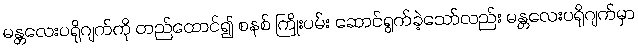
မန္တလေးပရိုဂျက်ကို တည်ထောင်၍ စနစ် ကြိုးပမ်း ဆောင်ရွက်ခဲ့သော်လည်း မန္တလေးပရိုဂျက်မှာ